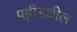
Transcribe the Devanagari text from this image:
पट्टीमधील